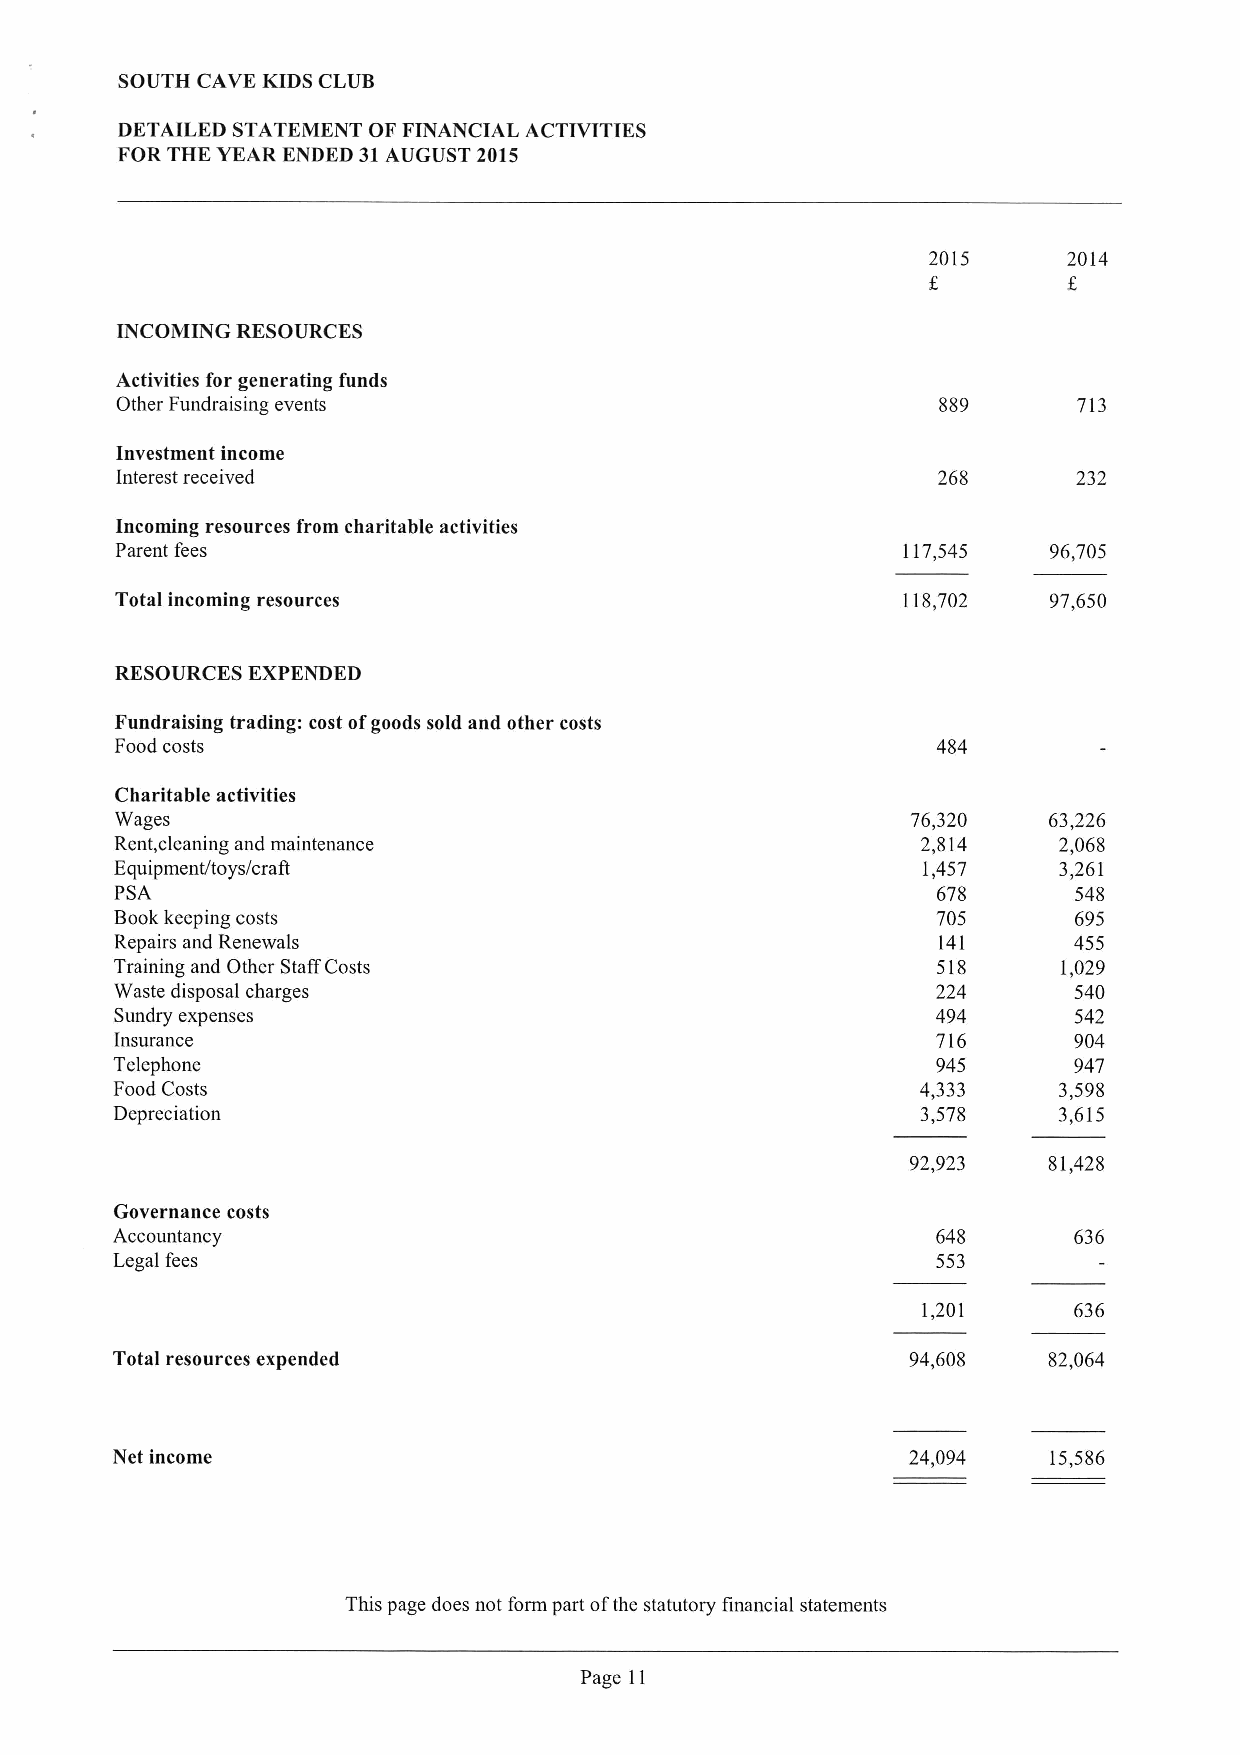
SOUTH CAVE KIDS CLUB
 DETAILED STATEMENT OF FINANCIAL ACTIVITIES
 FOR THE YEAR ENDED 31AUGUST 2015
 2015      2014
 INCOMING RESOURCES
 Activities for generating funds
 Other Fundraising events                              889      713
 Investment income
 Interest received                                     268      232
 Incoming resources from charitable activities
 Parent fees                                         117,545  96,705
 Total incoming resources                            118,702  97,650
 RESOURCES EXPENDED
 Fundraising trading: cost ofgoods sold and other costs
 Food costs                                            484
 Charitable activities
 Wages                                               76,320   63,226
 Rent,cleaning and maintenance                        2,814    2,068
 Equipment/toys/craft                                 1,457    3,261
 PSA                                                   678      548
 Bookkeeping costs                                     705      695
 Repairs and Renewals                                  141      455
 Training and Other StaffCosts                         518     1,029
 Waste disposal charges                                224      540
 Sundry expenses                                       494      542
 Insurance                                             716      904
 Telephone                                              945      947
 Food Costs                                           4,333    3,598
 Depreciation                                          3,578    3,615
 92,923   81,428
 Governance costs
 Accountancy                                            648      636
 Legal fees                                             553
 1,201     636
 Total resources expended                             94,608   82,064
 Net income                                           24,094    15,586
 This page does not form part ofthe statutory financial statements
 Page 11